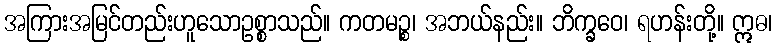
အကြားအမြင်တည်းဟူသောဥစ္စာသည်။ ကတမဉ္စ၊ အဘယ်နည်း။ ဘိက္ခဝေ၊ ရဟန်းတို့။ ဣဓ၊